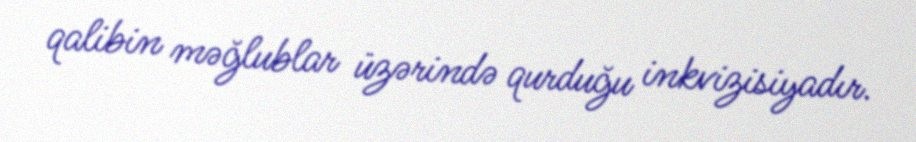
qalibin məğlublar üzərində qurduğu inkvizisiyadır.